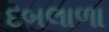
દબલાળા